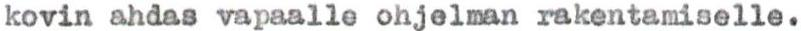
kovin ahdas vapaalle ohjelman rakentamiselle.